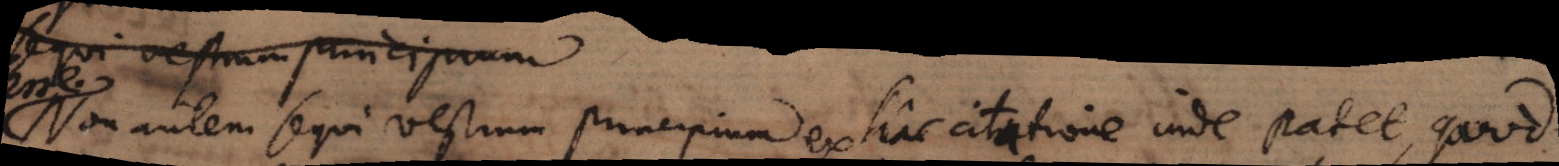
Non autem sequi vestrum principium ex hac citatione inde patet quod